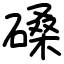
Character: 磉